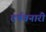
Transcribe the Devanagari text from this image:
दर्षवनारी